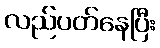
လည်ပတ်နေပြီး